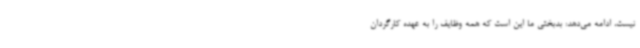
نیست، ادامه می‌دهد: بدبختی ما این است که همه وظایف را به عهده کارگردان